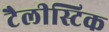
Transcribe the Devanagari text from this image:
टैलीस्टिक